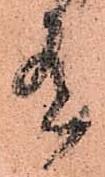
有